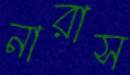
নারাস